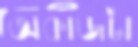
অকাজটা